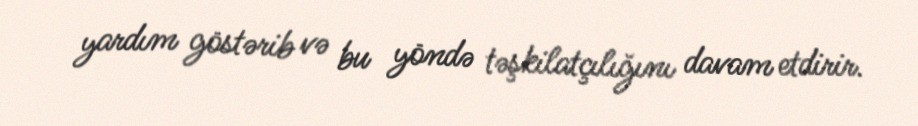
yardım göstərib və bu yöndə təşkilatçılığını davam etdirir.